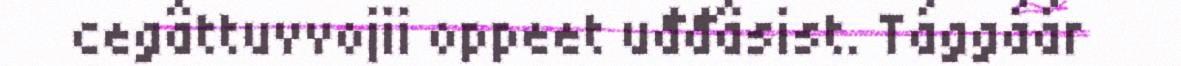
cegâttuvvojii oppeet uđđâsist. Tággáár